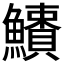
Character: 𩼱